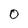
Character: 0